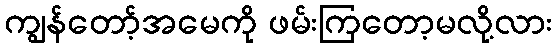
ကျွန်တော့်အမေကို ဖမ်းကြတော့မလို့လား